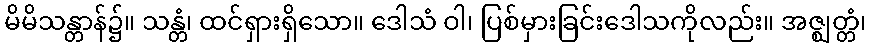
မိမိသန္တာန်၌။ သန္တံ၊ ထင်ရှားရှိသော။ ဒေါသံ ဝါ၊ ပြစ်မှားခြင်းဒေါသကိုလည်း။ အဇ္ဈတ္တံ၊